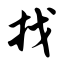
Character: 找